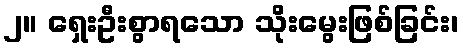
၂။ ရှေးဦးစွာရသော သိုးမွေးဖြစ်ခြင်း၊